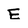
Character: E